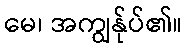
မေ၊ အကျွန်ုပ်၏။